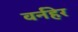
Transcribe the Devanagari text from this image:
वर्नहेर